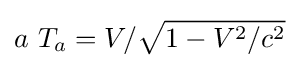
a\ T_{a}=V/{\sqrt {1-V^{2}/c^{2}}}